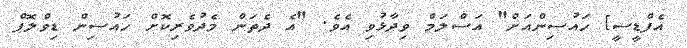
އެފްޑީސީ] ހައުސިންއަށް" އަސްލަމް ވިދާޅުވި އެވެ. "އެ ދެތަން މެދުވެރިކޮށް ހައުސިން ޑިވްލޮޕް